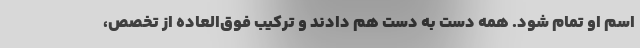
اسم او تمام شود. همه دست به دست هم دادند و ترکیب فوق‌العاده از تخصص،